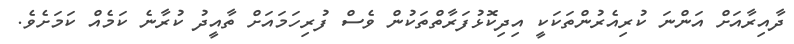
ދާއިރާއަށް އަންނަ ކުރިއެރުންތަކަކީ އިދިކޮޅުފަރާތްތަކުން ވެސް ފުރިހަމައަށް ތާއީދު ކުރާނެ ކަމެއް ކަމަށެވެ.